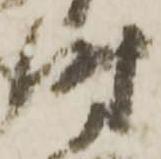
時